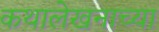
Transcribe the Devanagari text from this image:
कथालेखनाच्या